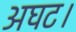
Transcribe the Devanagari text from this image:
अघट।